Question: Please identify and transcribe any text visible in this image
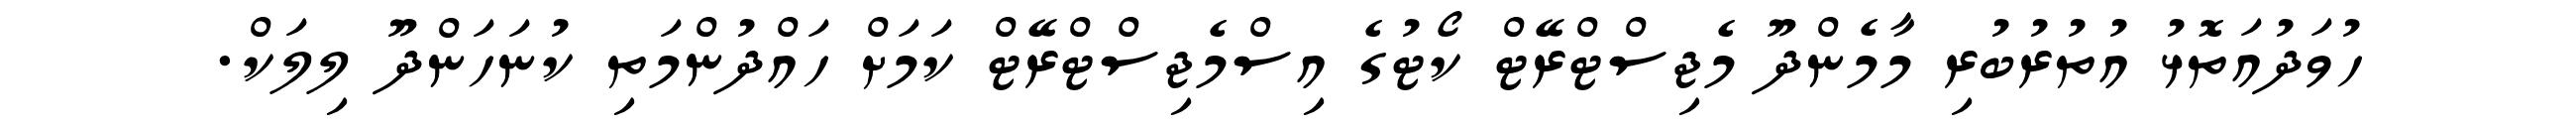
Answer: ހުވަދުއަތޮޅު އުތުރުބުރި މާމެންދޫ މެޖިސްޓްރޭޓް ކޯޓުގެ އިސްމެޖިސްޓްރޭޓް ކަމަށް ހައްދުންމަތި ކުނަހަންދޫ ލިލަކް.